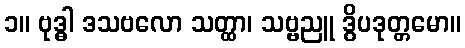
၁။ ဗုဒ္ဓါ ဒသဗလော သတ္ထာ၊ သဗ္ဗညူ ဒွိပဒုတ္တမော။